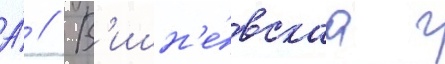
А́ // В'ишн'е́вскаа г